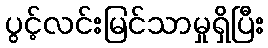
ပွင့်လင်းမြင်သာမှုရှိပြီး